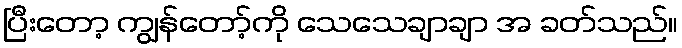
ပြီးတော့ ကျွန်တော့်ကို သေသေချာချာ အ ခတ်သည်။